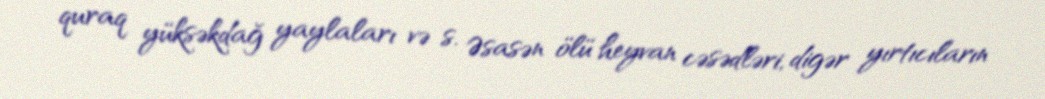
quraq yüksəkdağ yaylaları və s. Əsasən ölü heyvan cəsədləri, digər yırtıcıların